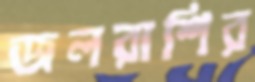
জলরাশির